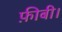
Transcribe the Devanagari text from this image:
फ़ीबी।